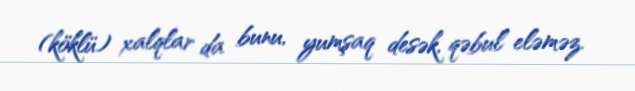
(köklü) xalqlar da bunu, yumşaq desək, qəbul eləməz.